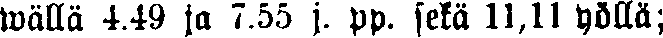
wällää 4.49 ja 7.55 j. pp. sekä 11,11 yöllä;